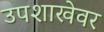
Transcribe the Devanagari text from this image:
उपशाखेवर